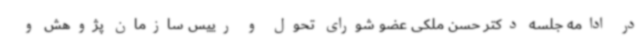
در ادامه جلسه دکتر حسن ملکی عضو شورای تحول و رییس سازمان پژوهش و